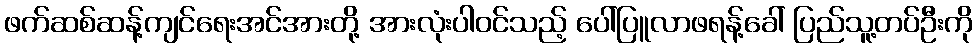
ဖက်ဆစ်ဆန့်ကျင်ရေးအင်အားတို့ အားလုံးပါဝင်သည့် ပေါ်ပြူလာဖရန့်ခေါ် ပြည်သူ့တပ်ဦးကို